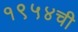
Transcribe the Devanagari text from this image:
१९५४ची